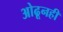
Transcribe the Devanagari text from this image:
ओढूनही